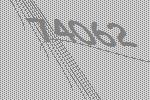
74062